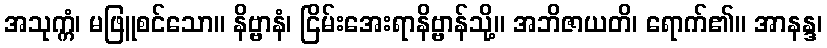
အသုက္ကံ၊ မဖြူစင်သော။ နိဗ္ဗာနံ၊ ငြိမ်းအေးရာနိဗ္ဗာန်သို့။ အဘိဇာယတိ၊ ရောက်၏။ အာနန္ဒ၊